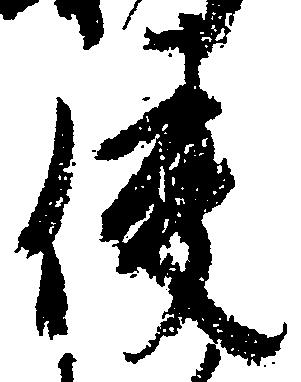
使